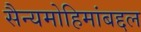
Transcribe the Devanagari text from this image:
सैन्यमोहिमांबद्दल